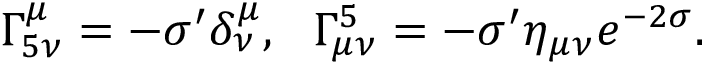
\Gamma _ { 5 \nu } ^ { \mu } = - \sigma ^ { \prime } \delta _ { \nu } ^ { \mu } , ~ ~ \Gamma _ { \mu \nu } ^ { 5 } = - \sigma ^ { \prime } \eta _ { \mu \nu } e ^ { - 2 \sigma } .